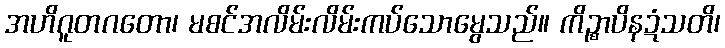
အဟိဂူတဂတော၊ မစင်အလိမ်းလိမ်းကပ်သောမွေသည်။ ကိဉ္စာပိနဍံသတိ၊